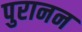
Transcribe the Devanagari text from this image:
पुरानन